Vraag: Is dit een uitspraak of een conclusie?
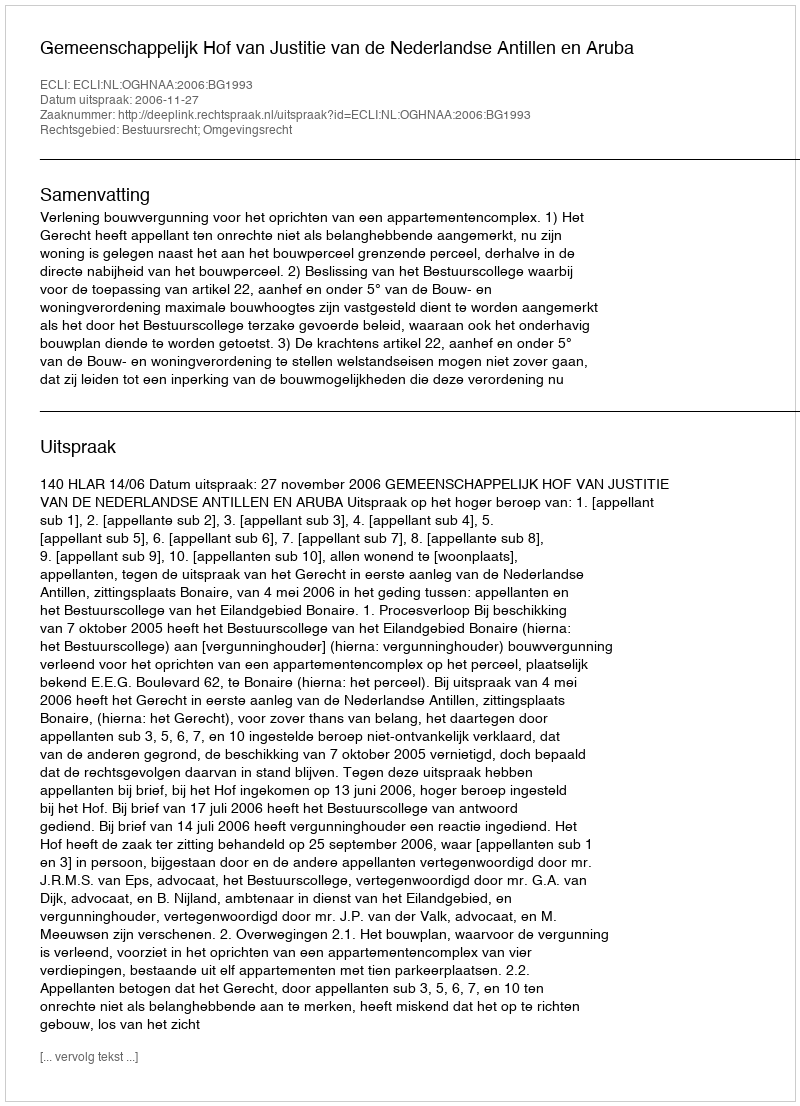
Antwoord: Uitspraak